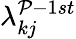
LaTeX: \lambda_{kj}^{\mathcal{P}-1st}